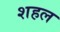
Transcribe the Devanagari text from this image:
शहल